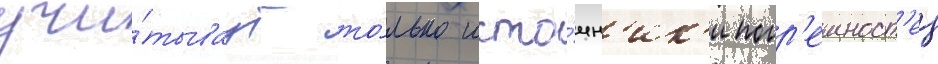
учи́тываут то́лько исто́чн'ик'и погр'ешност'еи